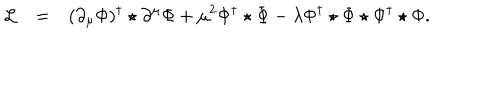
\begin{array} { r c l } { { { \cal L } } } & { { = } } & { { \displaystyle ( \partial _ { \mu } \Phi ) ^ { \dagger } \star \partial ^ { \mu } \Phi + \mu ^ { 2 } \Phi ^ { \dagger } \star \Phi - \lambda \Phi ^ { \dagger } \star \Phi \star \Phi ^ { \dagger } \star \Phi . } } \\ \end{array}